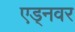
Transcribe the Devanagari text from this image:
एड्नवर